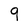
Character: 9